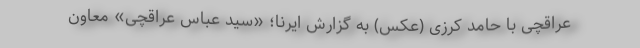
عراقچی با حامد کرزی (عکس) به گزارش ایرنا؛ «سید عباس عراقچی» معاون